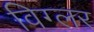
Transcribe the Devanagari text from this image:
विग्लर